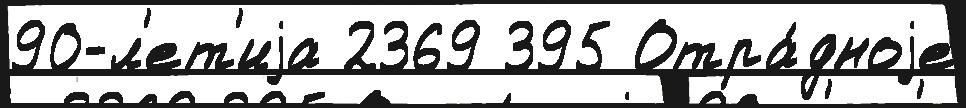
90-л'ет'иjа 2369 395 Отра́дноjе